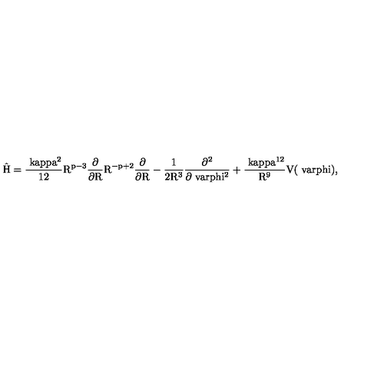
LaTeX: \mathrm { \hat { H } = \frac { \ k a p p a ^ { 2 } } { 1 2 } R ^ { p - 3 } \frac { \partial } { \partial R } R ^ { - p + 2 } \frac { \partial } { \partial R } - \frac { 1 } { 2 R ^ { 3 } } \frac { \partial ^ { 2 } } { \partial \ v a r p h i ^ { 2 } } + \frac { \ k a p p a ^ { 1 2 } } { R ^ { 9 } } V ( \ v a r p h i ) , }